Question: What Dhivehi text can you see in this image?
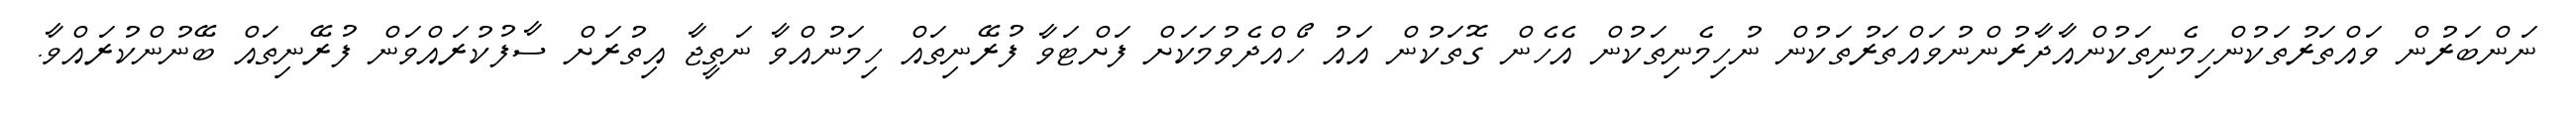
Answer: ނަންބަރުން ވައްތަރުތަކުންހިމެނިތަކުންއާދާރުންނުވައްތަރުތަކުން ނުހިމެނިތަކުން އެހެން ގޮތަކުން އައު ހޯއްދެވުމަކަށް ފަށްޓަވާ ފުރޭނިތައް ހިމަނުއްވާ ނަތީޖާ އިތުރަށް ސާފުކުރައްވަން ފުރޭނިތައް ބޭނުންކުރައްވާ.